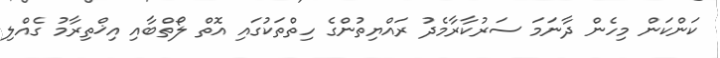
ކަންކަން މިހެން ދާނަމަ ސަރުކާރާމެދު ރައްޔިތުންގެ ހިތްތަކުގައި އޮތް ލޯތްބާއި އިޚްތިރާމު ގެއްލި